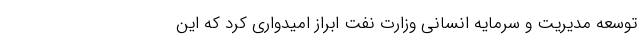
توسعه مدیریت و سرمایه انسانی وزارت نفت ابراز امیدواری کرد که این